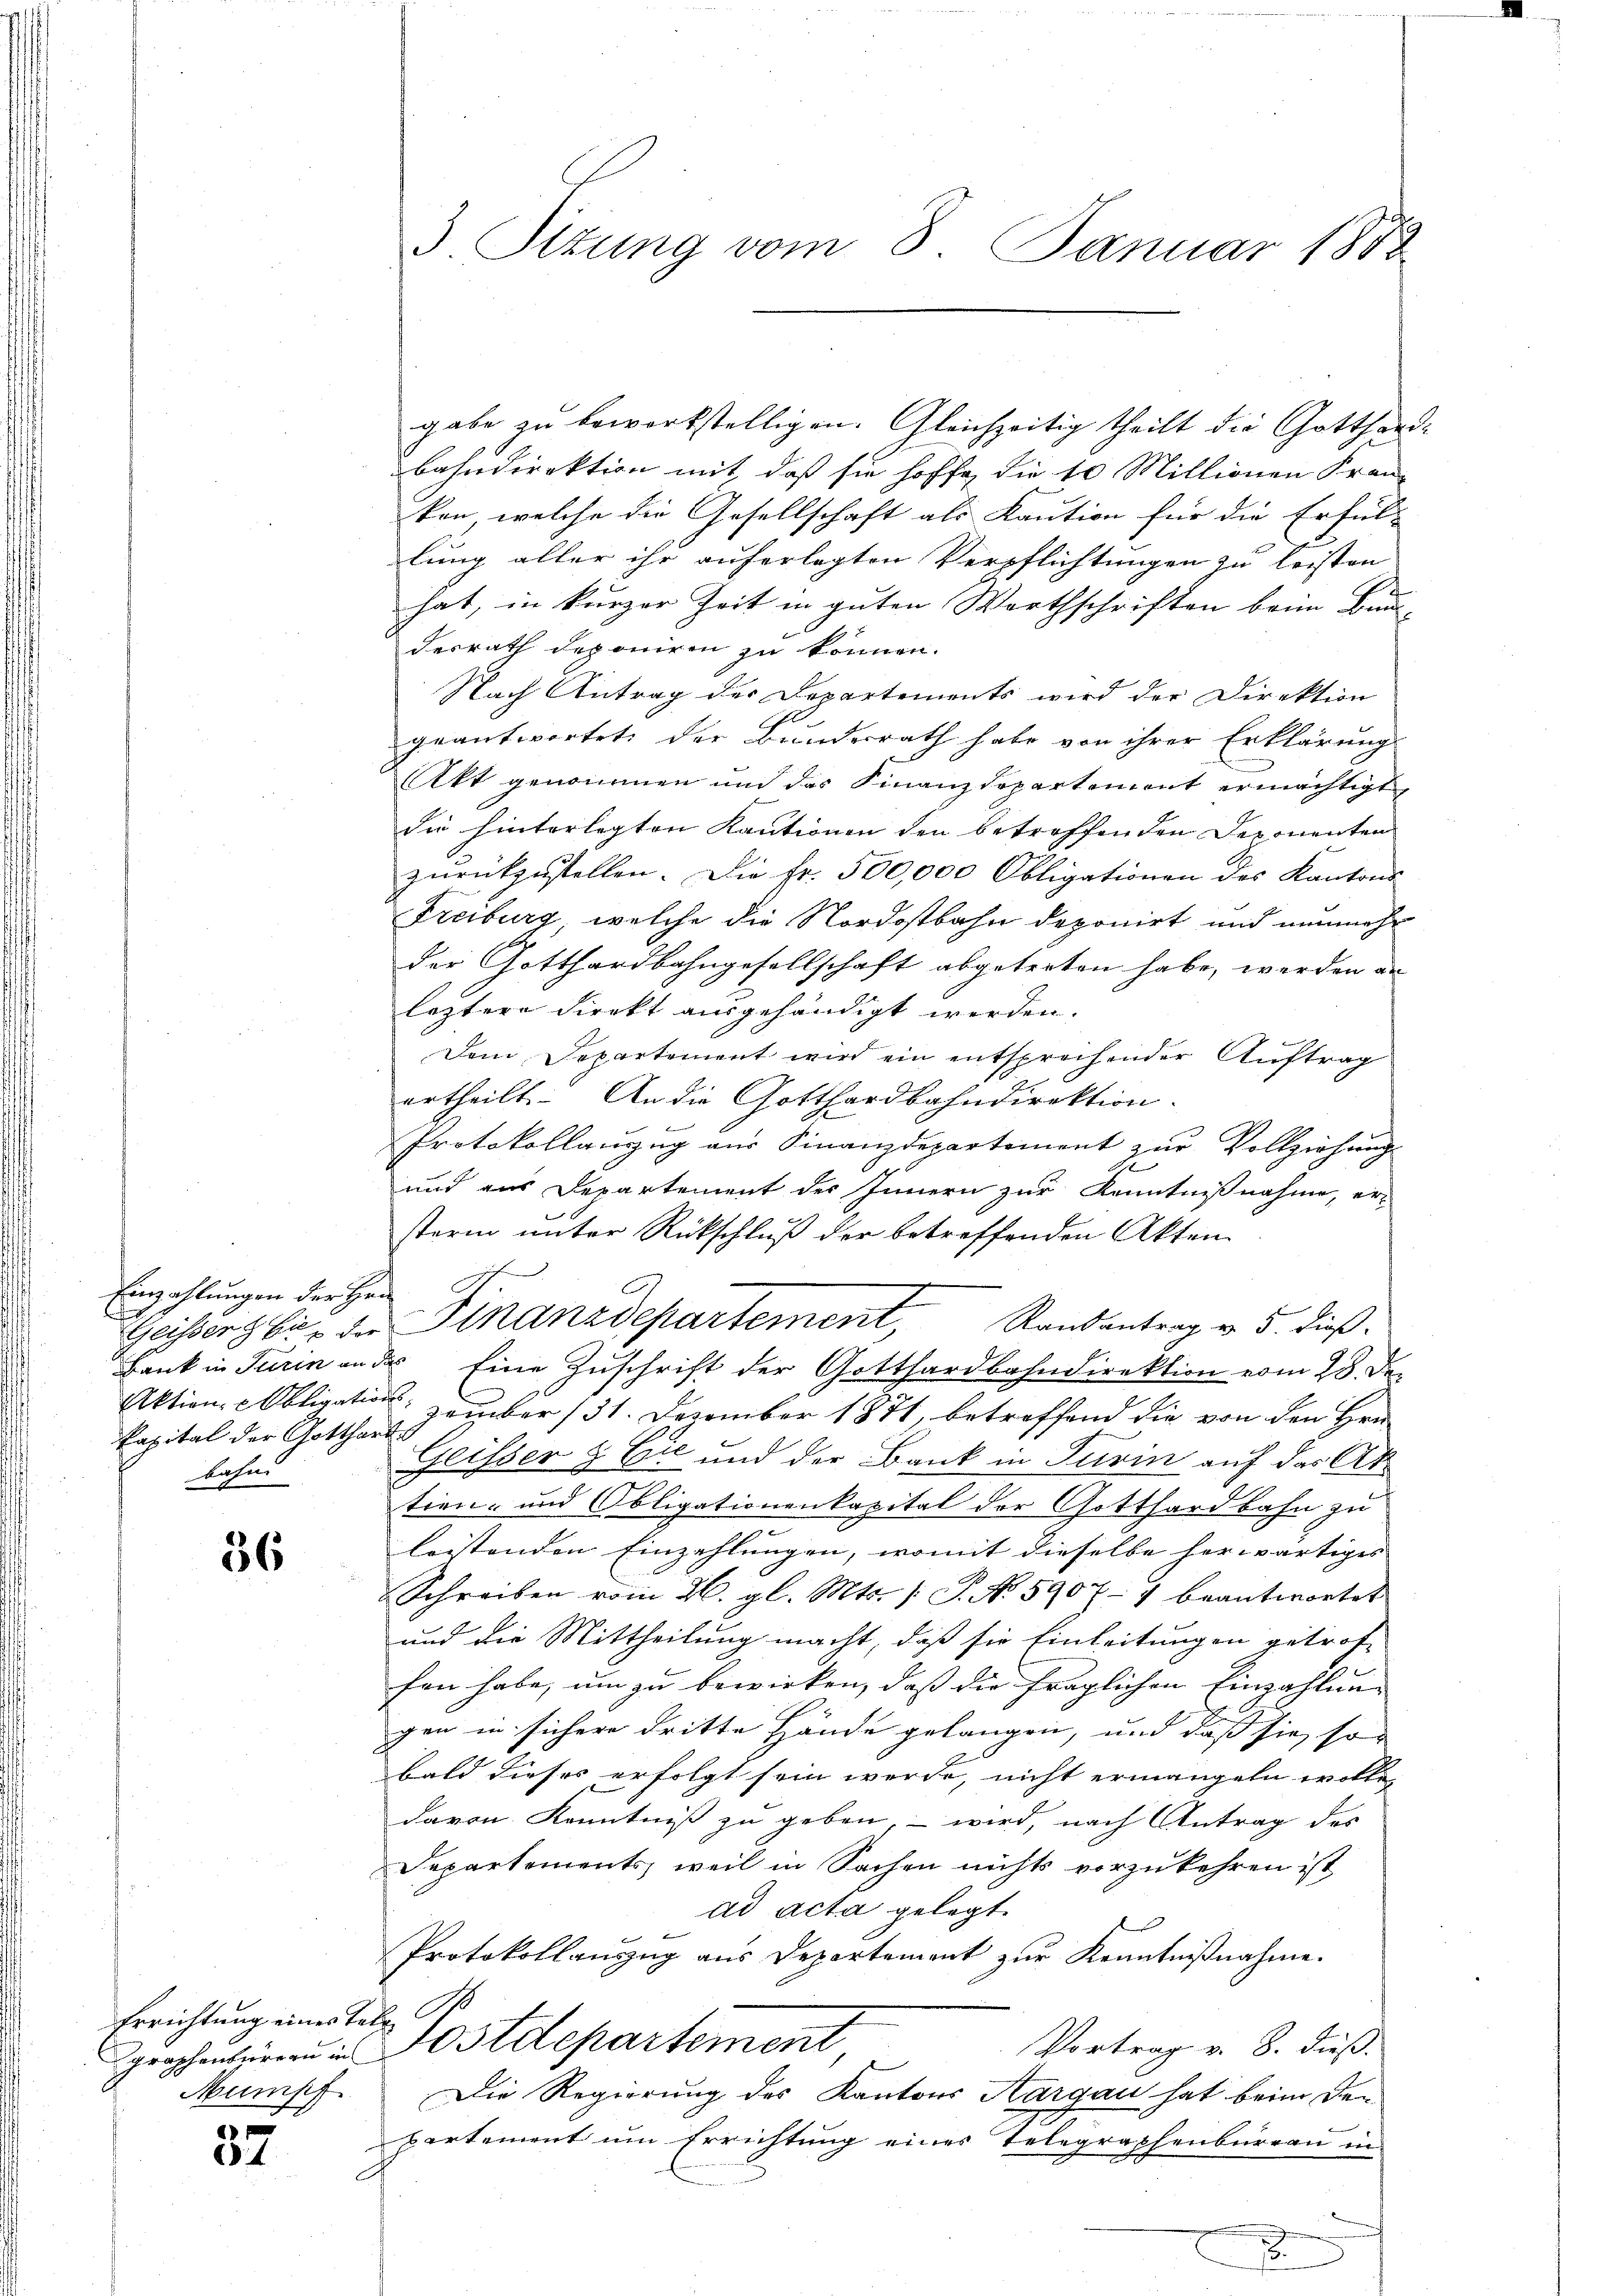
Einzahlungen der Her
kapital der Gottharte
bahn

36

Errichtung eines Tat

37

3. Sizung vom 8. Januar 1882

gabe zu beworkstelligen. Gleichzeitig theilt die Gotthard-
bahndirektion mit, daß sie hoffe die 10 Millionen Franz
kon, welche die Gesellschaft als Kaution für die Erfül-
lung aller ihr auferlegten Verpflichtungen zu leisten
hat, in kurzer Zeit in guten Worthschriften beim Bun-
desrath deponiren zu können.
Nach Antrag der Departements wird der Direktion
geantwortet der Bundesrath habe von ihrer Erklärung
Akt genommen und das Finanzdepartemont ermächtigt,
die hinterlegten Kautionen den betreffenden Deponenten
zurückzustellen. Die fr. 500,000 Obligationen des Kantons
Freiburg, welche die Nordostbahn deponirt und nunmehr
der Gotthardbahngesellschaft abgetreten habe, werden an
leztere Direkt ausgehändigt werden.
Dem Departement wird ein entsprechender Auftrag
ertheilt. An die Gotthardbahndirektion.
Protokollauszug aus Finanzdepartement zur Vollziehung
s
und das Departement des Innern zur Kenntnißnahme, er
sterin unter Rückschluß der betreffenden Akten
Geisters bis der Finanzdepartement, Randantrag v. 5. dieß.
Bank in Turin an der Eine Zuschrift der Gotthardbahndirektion vom 28. De
Aktion, Obligation zember 131. Dezember 1871, betreffend die von den Hrn.
Geisser & Cie und der Bank in Turin auf das Artien- und Obligationenkapital der Gotthardbahn zu
leistenden Einzahlungen, womit dieselbe herartiges |
Schreiben vom 20. gl. Mts. (: P. No 5907-7 beantwortet
und die Mittheilung macht, daß sie Einleitungen getroffen habe, um zu bewirken, daß die fraglichen Einzahlung
gen in sichere dritte Hände gelangen, und daß sie so
bald dieses erfolgt sein werde, nicht ermangeln wolle,
davon Kenntniß zu geben – wird, nach Antrag des
Departements, weil in Sachen nichts vorzukehren ist,
ad acta gelegt.
Protokollauszug aus Departement zur Kenntnißnahme.
Vortrag v. 8. dieß.
graphenbüreau in Postdepartement
Mumpf. Die Regierung des Kantons Aargau hat beim Den
partement um Errichtung eines Telegraphenbureau in

.

.

.